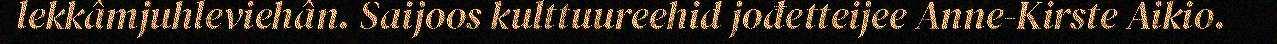
lekkâmjuhleviehân. Saijoos kulttuureehid jođetteijee Anne-Kirste Aikio.